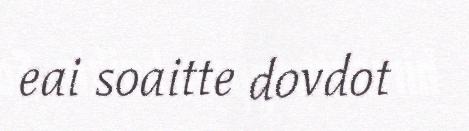
eai soaitte dovdot